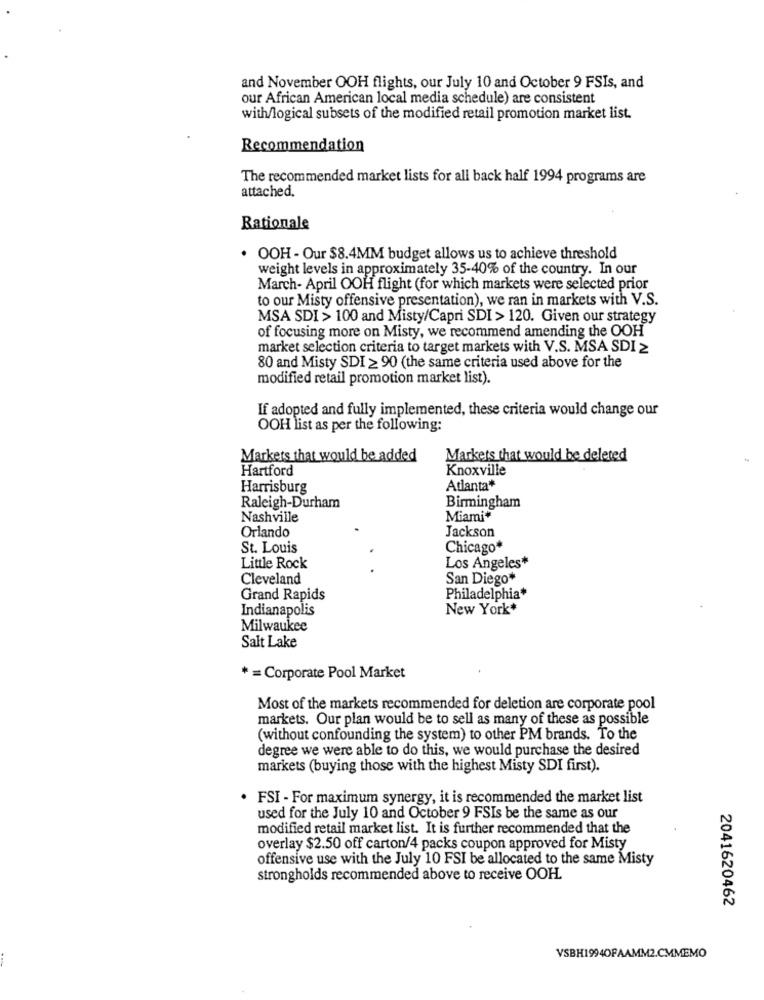
and November OOH flights, our July 10 and October 9 FSIs, and
our African American local media schedule) are consistent
with/logical subsets of the modified retail promotion market list.
Recommendation
The recommended market lists for all back half 1994 programs are
attached.
Rationale
. OOH - Our $8.4MM budget allows us to achieve threshold
weight levels in approximately 35-40% of the country. In our
March- April OOH flight (for which markets were selected prior
to our Misty offensive presentation), we ran in markets with V.S.
MSA SDI > 100 and Misty/Capri SDI > 120. Given our strategy
of focusing more on Misty, we recommend amending the OOH
market selection criteria to target markets with V.S. MSA SDI 2
80 and Misty SDI > 90 (the same criteria used above for the
modified retail promotion market list).
If adopted and fully implemented, these criteria would change our
OOH list as per the following:
Markets that would be added
Markets that would be deleted
Hartford
Knoxville
Harrisburg
Atlanta*
Birmingham
Raleigh-Durham
Nashville
Miami+
Orlando
Jackson
St. Louis
Chicago*
Little Rock
Los Angeles*
Cleveland
San Diego*
Grand Rapids
Philadelphia*
Indianapolis
New York*
Milwaukee
Salt Lake
* = Corporate Pool Market
Most of the markets recommended for deletion are corporate pool
markets. Our plan would be to sell as many of these as possible
(without confounding the system) to other PM brands. To the
degree we were able to do this, we would purchase the desired
markets (buying those with the highest Misty SDI first).
. FSI - For maximum synergy, it is recommended the market list
used for the July 10 and October 9 FSIs be the same as our
modified retail market list. It is further recommended that the
overlay $2.50 off carton/4 packs coupon approved for Misty
offensive use with the July 10 FSI be allocated to the same Misty
strongholds recommended above to receive OOH.
2041620462
VSBH19940PAAMM2.CMMEMO